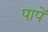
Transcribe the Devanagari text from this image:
पापें